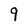
Character: 9